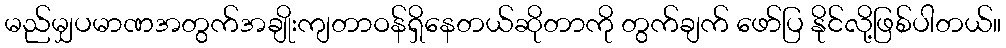
မည်မျှပမာဏအတွက်အချိုးကျတာဝန်ရှိနေတယ်ဆိုတာကို တွက်ချက် ဖော်ပြ နိုင်လို့ဖြစ်ပါတယ်။